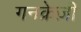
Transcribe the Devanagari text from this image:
गनक्रेज़ी